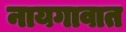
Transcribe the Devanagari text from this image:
नायगावात